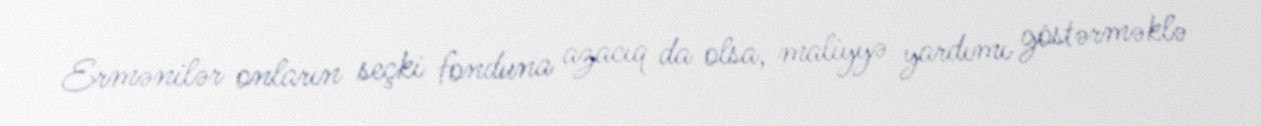
Ermənilər onların seçki fonduna azacıq da olsa, maliyyə yardımı göstərməklə